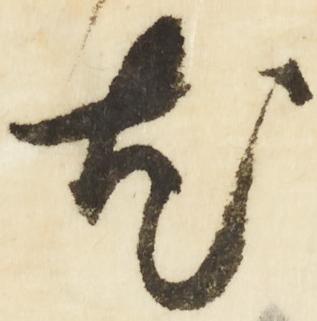
尤